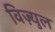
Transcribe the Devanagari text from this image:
विज़्युल